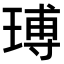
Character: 𤧵